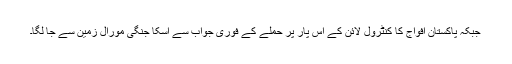
جبکہ پاکستان افواج کا کنٹرول لائن کے اس پار پر حملے کے فوری جواب سے اسکا جنگی مورال زمین سے جا لگا۔